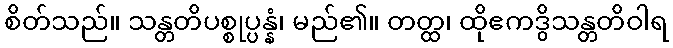
စိတ်သည်။ သန္တတိပစ္စုပ္ပန္နံ၊ မည်၏။ တတ္ထ၊ ထိုဧကဒွိသန္တတိဝါရ